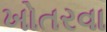
ખોતરવા